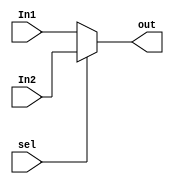
`timescale 1ns / 1ps
//////////////////////////////////////////////////////////////////////////////////
// Company: 
// Engineer: 
// 
// Design Name: 
// Module Name: MUX2
// Project Name: 
// Target Devices: 
// Tool Versions: 
// Description: 
// 
// Dependencies: 
// 
// Revision:
// Revision 0.01 - File Created
// Additional Comments:
// 
//////////////////////////////////////////////////////////////////////////////////


module MUX2X1
    #(parameter N=128)(
    input [N-1:0] In1,
    input [N-1:0] In2,
    input sel,
    output [N-1:0] out
    );
    assign out = sel ? In2 : In1;
endmodule